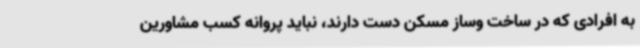
به افرادی که در ساخت وساز مسکن دست دارند، نباید پروانه کسب مشاورین